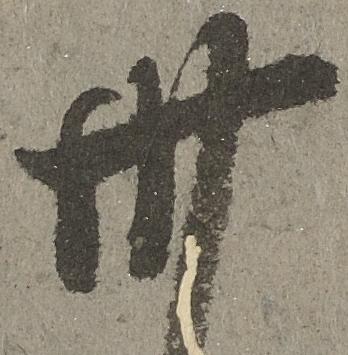
卅